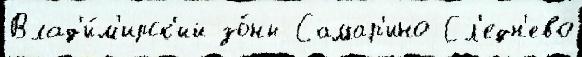
Влад'и́м'ирск'ий зо́ны Самар'ино Сл'едн'ево